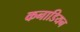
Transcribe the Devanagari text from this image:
कनाडियन